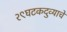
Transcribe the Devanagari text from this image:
२९घटकदुव्याचे